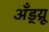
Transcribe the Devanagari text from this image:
अँड्य्रू